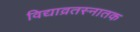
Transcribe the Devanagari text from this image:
विद्याव्रतस्नातक